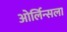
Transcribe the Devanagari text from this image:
ओर्लिन्सला